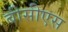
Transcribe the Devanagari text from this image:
बीसीएस